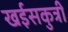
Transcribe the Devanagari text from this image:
खईसकुत्री